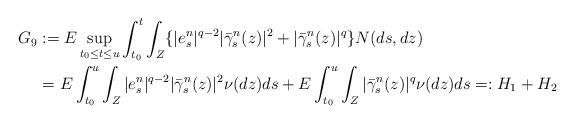
LaTeX: \begin{align*} G_9 & := E\sup_{t_0 \leq t \leq u}\int_{t_0}^{t} \int_{Z}\{ |e_s^n|^{q-2}|\bar \gamma_s^n(z)|^2+|\bar \gamma_s^n(z)|^q \}N(ds,dz) \\&= E\int_{t_0}^{u} \int_{Z} |e_s^n|^{q-2}|\bar \gamma_s^n(z)|^2 \nu(dz) ds +E\int_{t_0}^{u} \int_{Z} |\bar \gamma_s^n(z)|^q \nu(dz) ds =:H_1+H_2\end{align*}